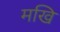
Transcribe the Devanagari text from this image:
मखि